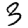
Digit: 3